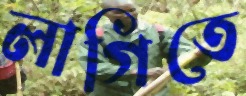
লাগিতে